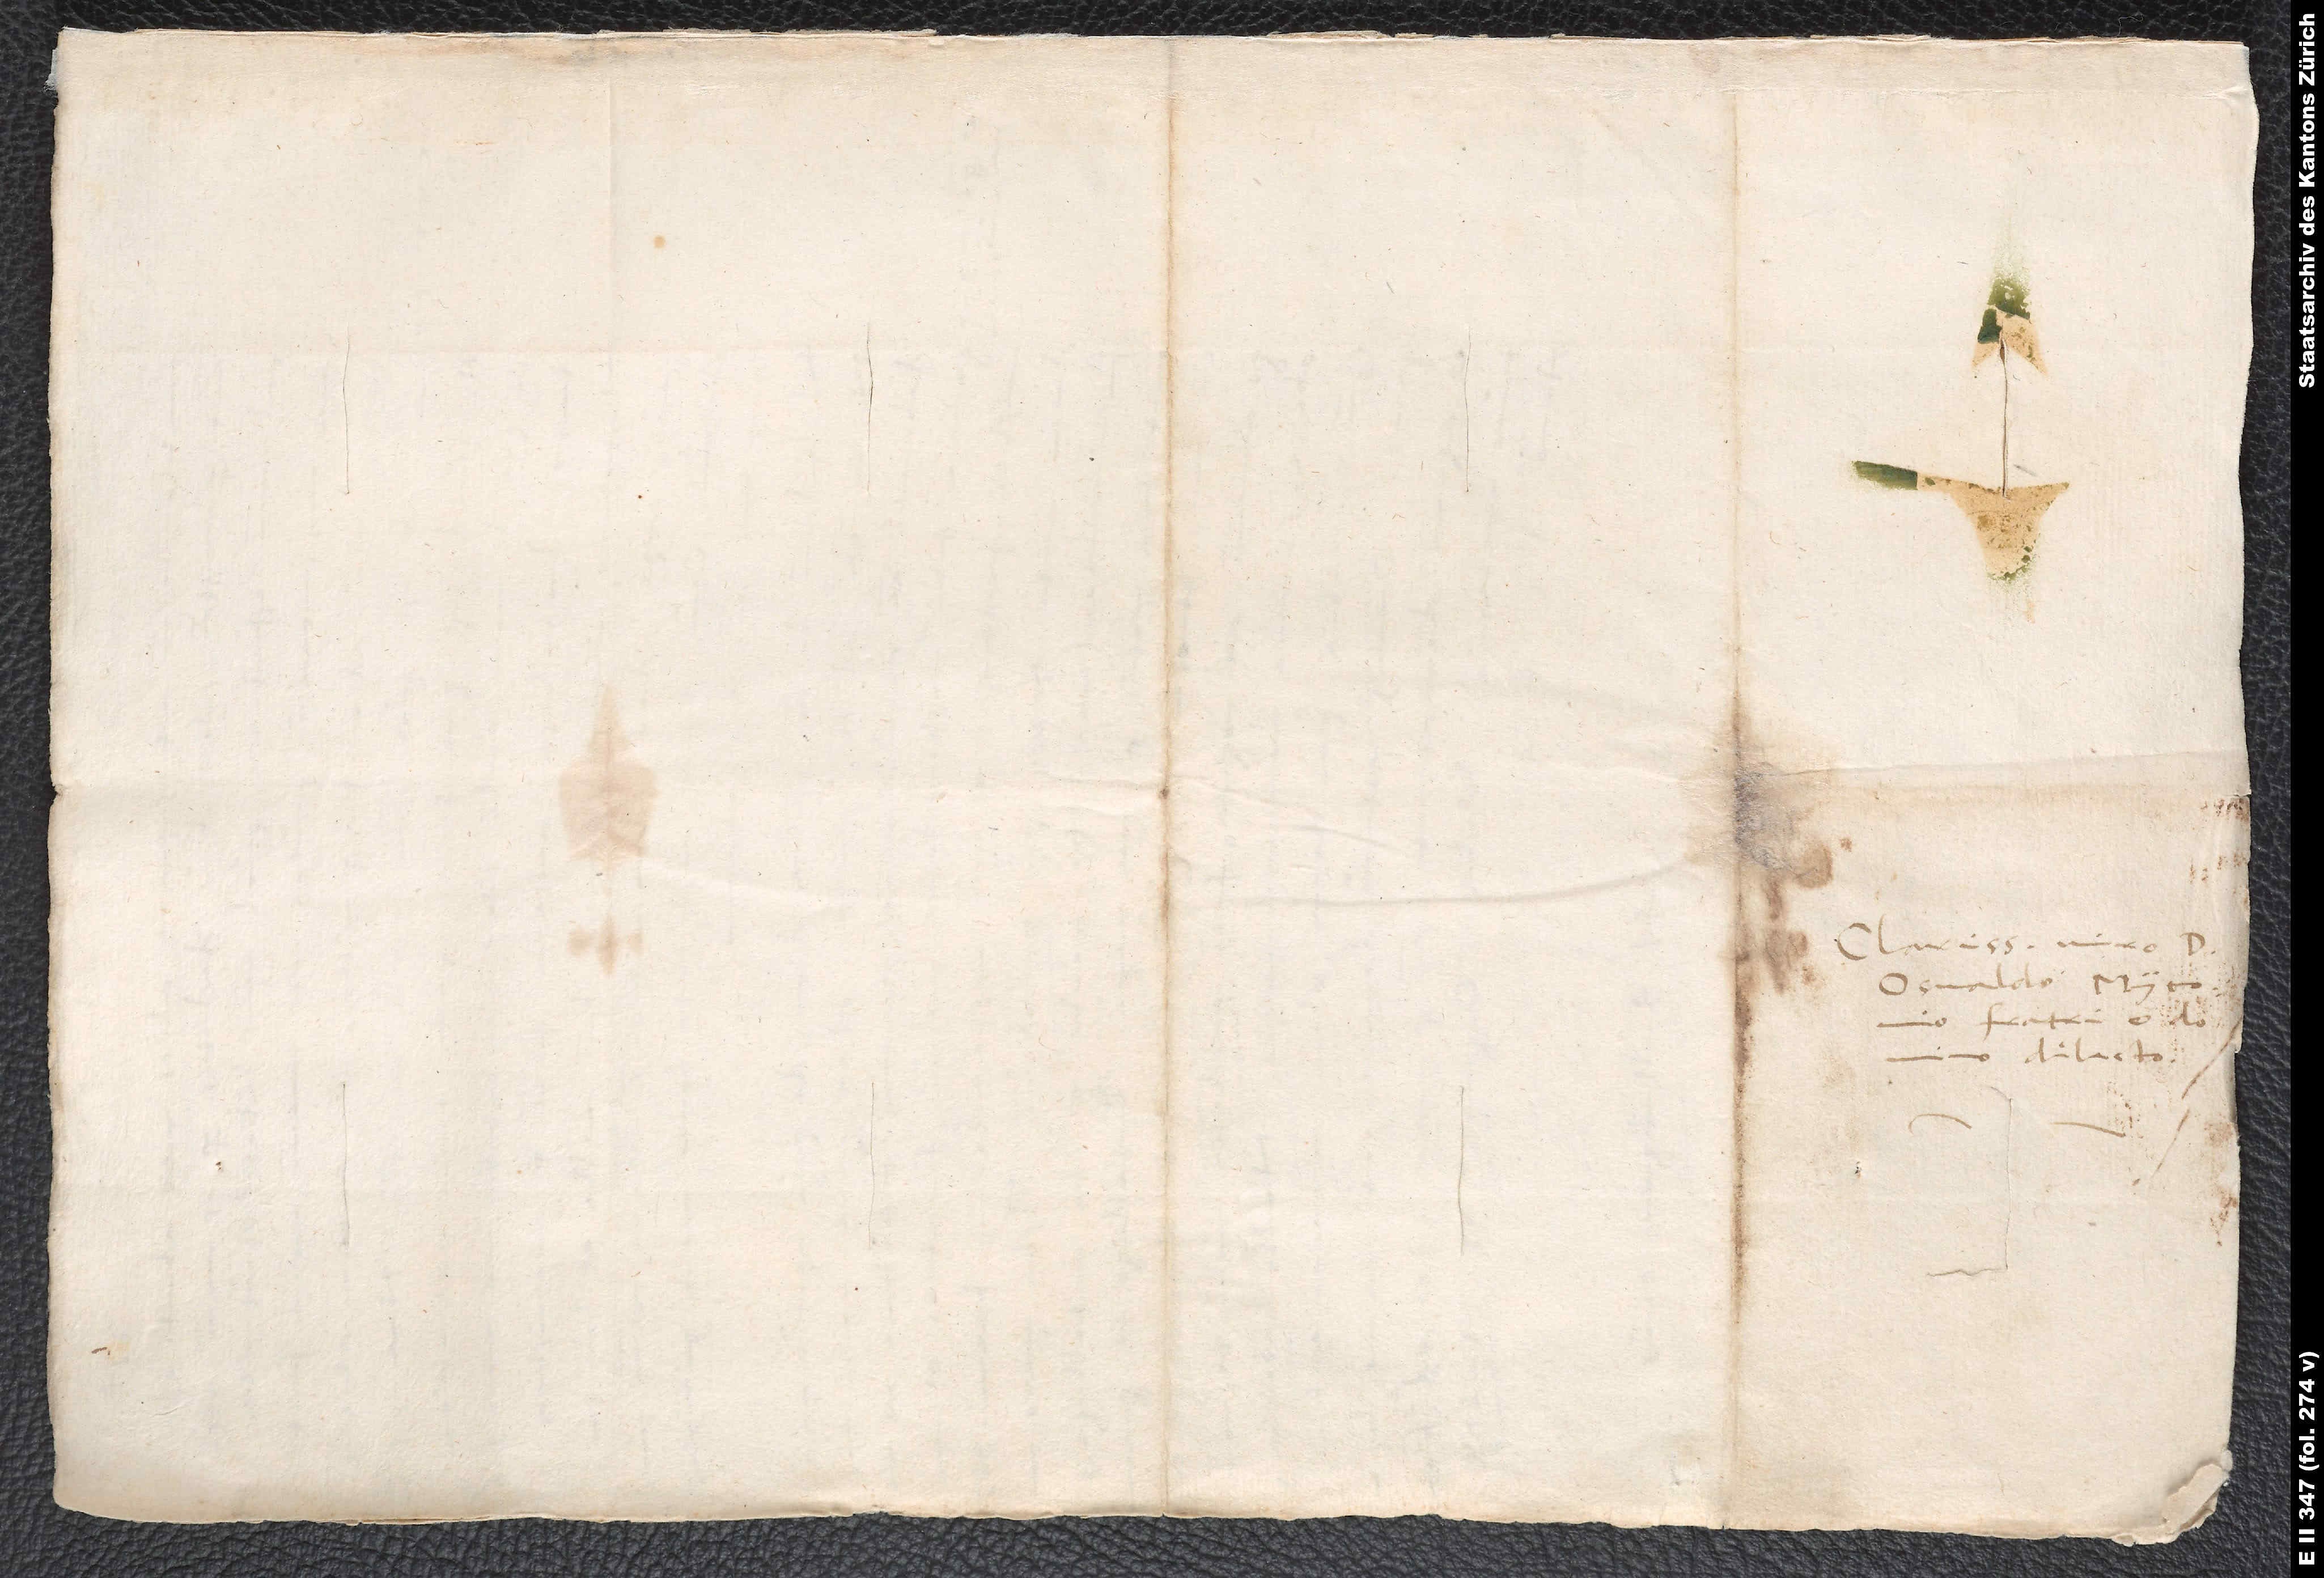
Clarissimo viro d.
Osvaldo Myconio,
fratri et domino
dilecto.